Investigations into the jail dietaries of the United Provinces with some observations on the influence of dietary on the physical development and well-being of the people of the United Provinces - Number 48
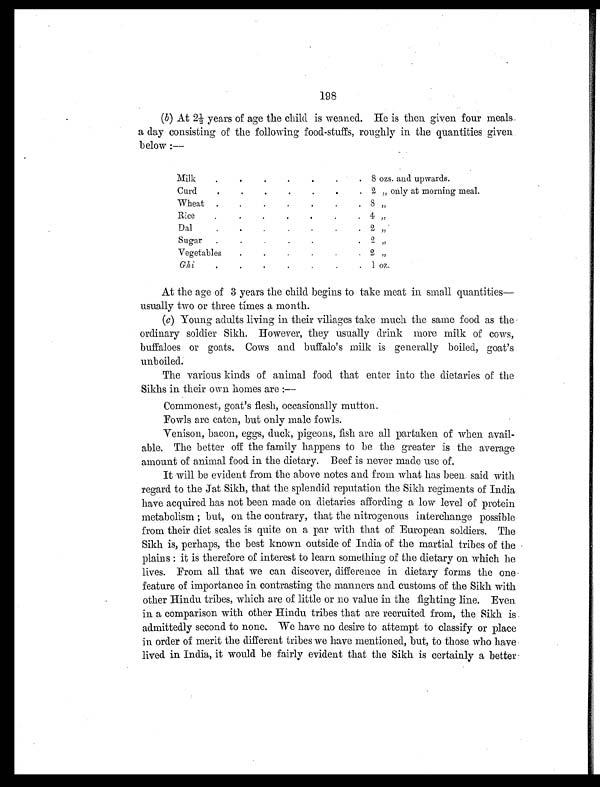
198
( b ) A t 2 ½ y e a r s o f a g e t h e c h i l d i s w e a n e d . H e i s t h e n g i v e n f o u r m e a l s
a day consisting of the following food-stuffs, roughly in the quantities given
below:--
Milk.
.
.
8 ozs. and upwards.
Curd.
.
.
. .
2 " only at morning meal.
Wheat.
.
.
.
.
8 "
Rice.
.
.
.
.
4 "
Dal.
.
.
.
.
2 "
Sugar.
.
.
.
.
2 "
Vegetables.
.
.
.
.
2 "
Ghi
.
.
.
.
.
1 oz.
At the age of 3 years the child begins to take meat in small quantities—
usually two or three times a month.
(c)Young adults living in their villages take much the same food as the
ordinary soldier Sikh. However, they usually drink more milk of cows,
buffaloes or goats. Cows and buffalo's milk is generally boiled, goat's
unboiled.
The various kinds of animal food that enter into the dietaries of the
Sikhs in their own homes are :—
Commonest, goat's flesh, occasionally mutton.
Fowls are eaten, but only male fowls.
Venison, bacon, eggs, duck, pigeons, fish are all partaken of when avail-
able. The better off the family happens to be the greater is the average
amount of animal food in the dietary. Beef is never made use of.
It will be evident from the above notes and from what has been said with.
regard to the Jat Sikh, that the splendid reputation the Sikh regiments of India
have acquired has not been made on dietaries affording a low level of protein
me t a b o l i s m; b u t , o n t h e c o n t r a r y , t h a t t h e n i t r o g e n o u s i n t e r c h a n g e p o s s i b l e
from their diet scales is quite on a par with that of European soldiers. The
Sikh is, perhaps, the best known outside of India of the martial tribes of the
plains : it is therefore of interest to learn something of the dietary on which he
lives. From all that we can discover, difference in dietary forms the one
feature of importance in contrasting the manners and customs of the Sikh with
other Hindu tribes, which are of little or no value in the fighting line. Even
in a comparison with other Hindu tribes that are recruited from, the Sikh is
admittedly second to none. We have no desire to attempt to classify or place
in order of merit the different tribes we have mentioned, but, to those who have
lived in India, it would be fairly evident that the Sikh is certainly a better